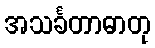
အသင်္ခတာဓာတု